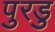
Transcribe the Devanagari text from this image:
पुरडु